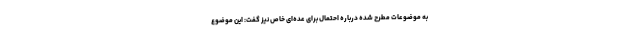
به موضوعات مطرح شده درباره احتمال برای عده‌ای خاص نیز گفت: این موضوع